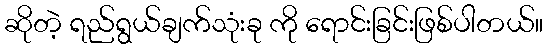
ဆိုတဲ့ ရည်ရွယ်ချက်သုံးခု ကို ရောင်းခြင်းဖြစ်ပါတယ်။